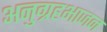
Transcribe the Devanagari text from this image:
अनुग्रहभाजन